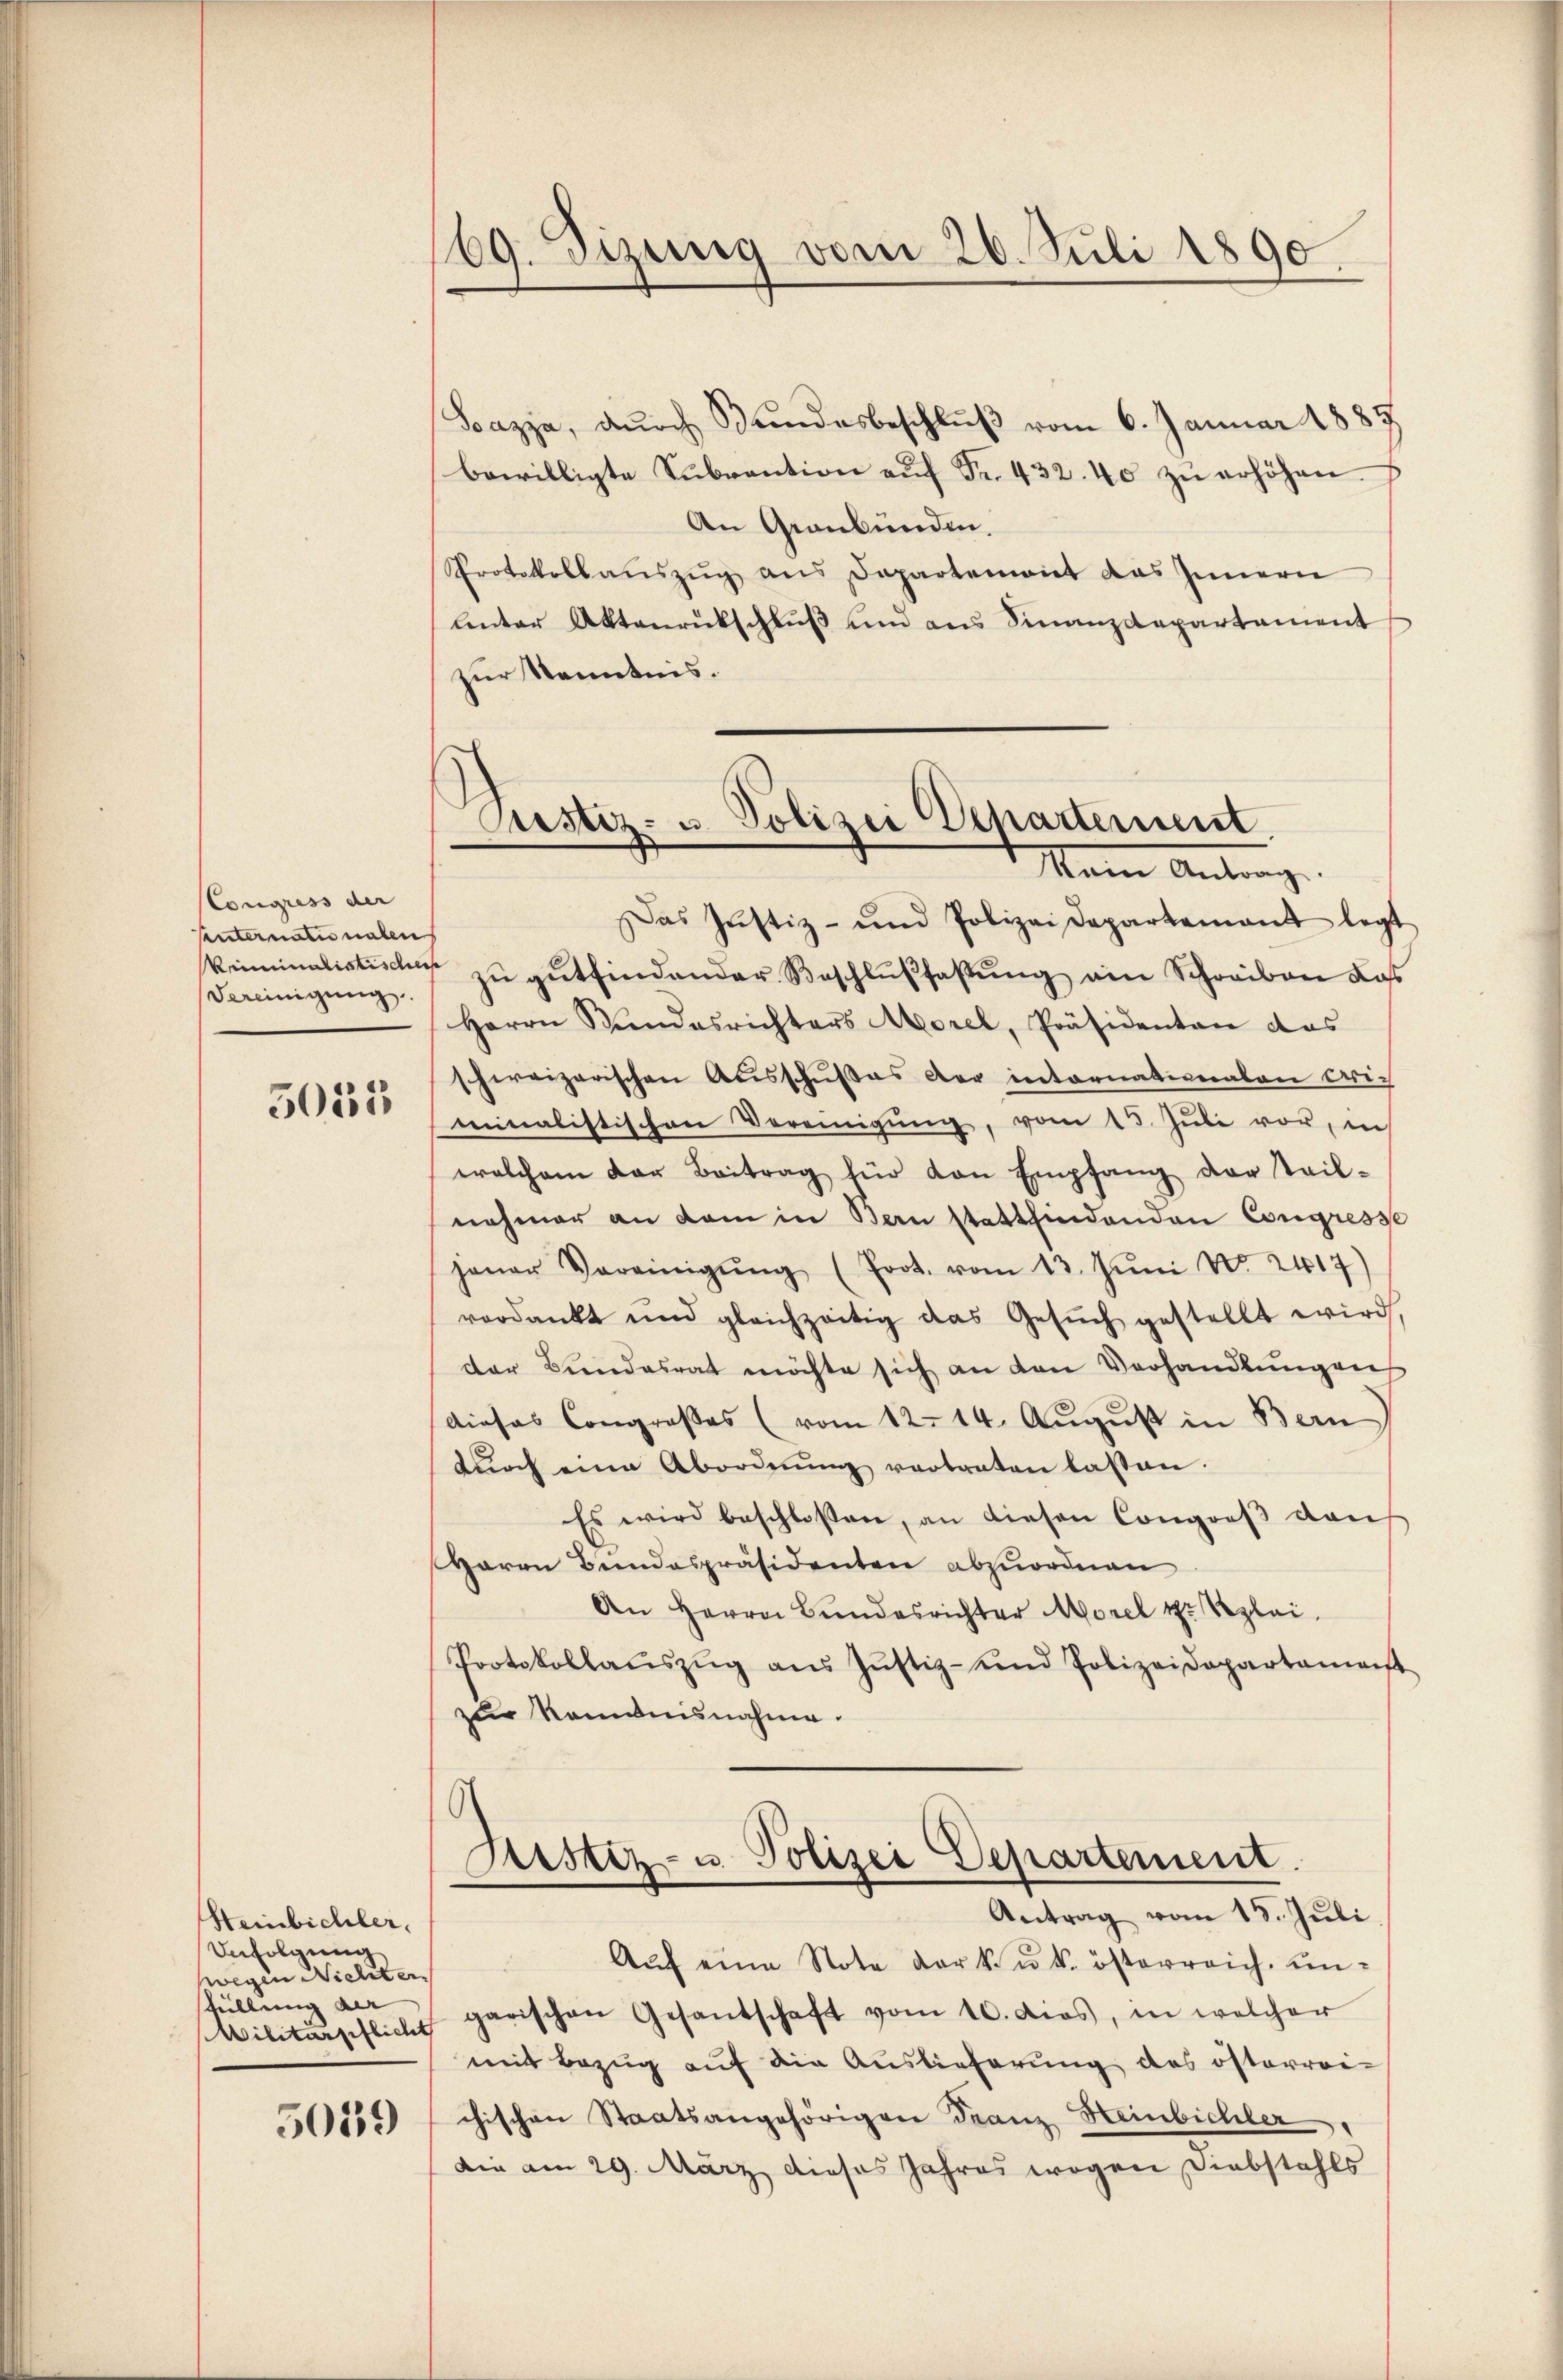
Congress der
Unternau nahen
Vereinigung.

5055

Steinbichler.
Anfolgung
wegen Nichter
füllung der
5059

169. Jizung vom 26. Juli 1890.

Sazza, durch Bundesbeschluß vom 6. Januar 1883.
bewilligte Sŭbvention aŭf Fr. 432. 40 zŭ erhöhen.
An Graubünden.
Protokollaŭszŭg ans Departemont das Innern
unter Aktenrückschluß und aus Finanzdepartement
zur Kenntnis.
as Justiz- und Polizei Departement legt
kriminalistischer zu gutfindender Beschlußfassung am Schreiben dass
Herrn Stŭndesrichters Morel, Präsidenten das
schweizerischen Ausschußes der internationalen Cris
minalistischen Vereinigŭng, vom 13. Juli vor, in
welchem der Beitrag für von Empfang der Teil-
nehmer an dem in Bern stattfindenden Congresse
jener Vereinigŭng (Prot. vom 13. Jŭni N. 2417)
verdankt und gleichzeitig das Gesŭch gestellt wird
der Bundesrat möchte sich an den Verhandlungen
dieses Congroßes (vom 12. 14. August in Bern
dŭrch eine Abordnŭng vertraten lassen.
Es wird beschlossen, an diesen Congreß den
Harrn Bundespräsidenten abzuordnen
An Herrn Bundesrichter Morel er Reglei
Protokollaŭszŭg aŭs Jŭstiz- und Polizeidepartament
z Romanisnahme.
¬
Justiz- u. Polizei Departement.
Antrag vom 15. Juli
 Aŭf eine Note der k. u. k. österreich um-
Militärpflicht garischen Gesantschaft vom 10. dies, in welcher
mit Bezug auf die Auslieferung des österreichischen Staatsangehörigen Franz Heinbichler
Die am 29. März dieses Jahres wegen Diebstahls

Pustiz- u. Polizei Departement
Mann Antrag.